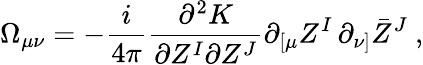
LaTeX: \Omega_{\mu\nu}=-\frac i{4\pi}\frac{\partial^{2}K}{\partial Z^{I}\partial Z^{J}}\partial_{[\mu}Z^{I}\, \partial_{\nu]}\bar{Z}^{J}\ ,